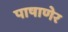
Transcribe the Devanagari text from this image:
पाषाणेर